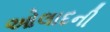
ઓલાદની